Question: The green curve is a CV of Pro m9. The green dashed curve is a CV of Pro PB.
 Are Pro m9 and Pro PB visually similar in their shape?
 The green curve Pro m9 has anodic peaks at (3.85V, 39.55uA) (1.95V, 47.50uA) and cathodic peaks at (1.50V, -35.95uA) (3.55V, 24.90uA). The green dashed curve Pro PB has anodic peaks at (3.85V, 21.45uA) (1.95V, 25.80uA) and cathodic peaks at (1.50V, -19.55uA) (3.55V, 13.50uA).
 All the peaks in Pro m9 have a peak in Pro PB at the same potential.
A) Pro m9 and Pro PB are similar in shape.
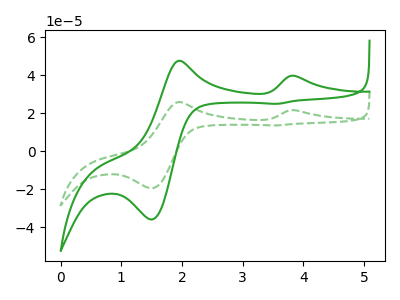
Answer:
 <answer>A) "Pro m9" and "Pro PB" are similar in shape.</answer>
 <eval>A</eval>